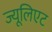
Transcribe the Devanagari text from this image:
ज्यूलिएट